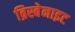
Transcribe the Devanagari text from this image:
ब्रिस्बेनाइट